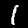
Label: 1